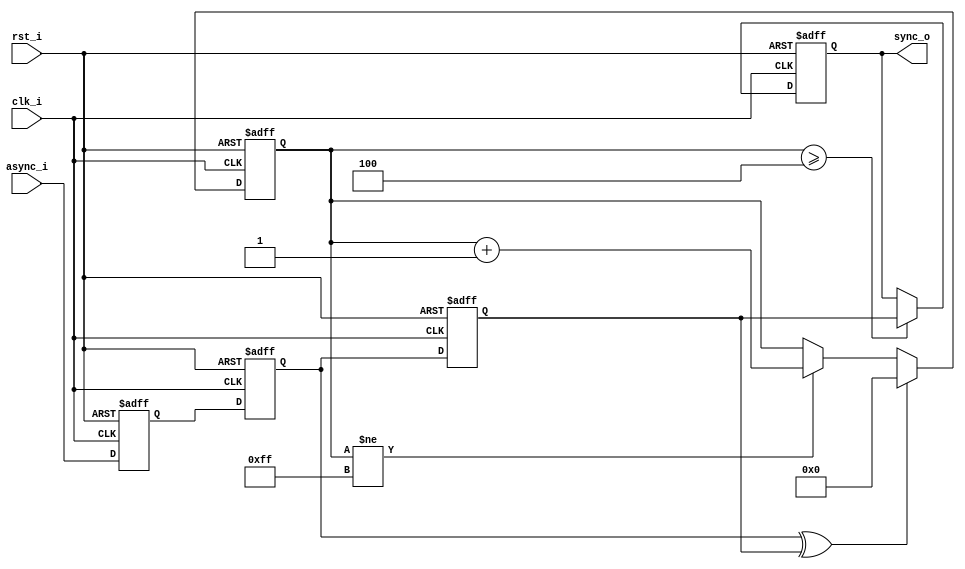
//-----------------------------------------------------------------
// Copyright (c) 2021, admin@ultra-embedded.com
// All rights reserved.
// 
// Redistribution and use in source and binary forms, with or without
// modification, are permitted provided that the following conditions 
// are met:
//   - Redistributions of source code must retain the above copyright
//     notice, this list of conditions and the following disclaimer.
//   - Redistributions in binary form must reproduce the above copyright
//     notice, this list of conditions and the following disclaimer 
//     in the documentation and/or other materials provided with the 
//     distribution.
//   - Neither the name of the author nor the names of its contributors 
//     may be used to endorse or promote products derived from this 
//     software without specific prior written permission.
// 
// THIS SOFTWARE IS PROVIDED BY THE COPYRIGHT HOLDERS AND CONTRIBUTORS 
// "AS IS" AND ANY EXPRESS OR IMPLIED WARRANTIES, INCLUDING, BUT NOT 
// LIMITED TO, THE IMPLIED WARRANTIES OF MERCHANTABILITY AND FITNESS FOR 
// A PARTICULAR PURPOSE ARE DISCLAIMED. IN NO EVENT SHALL THE AUTHOR BE 
// LIABLE FOR ANY DIRECT, INDIRECT, INCIDENTAL, SPECIAL, EXEMPLARY, OR 
// CONSEQUENTIAL DAMAGES (INCLUDING, BUT NOT LIMITED TO, PROCUREMENT OF 
// SUBSTITUTE GOODS OR SERVICES; LOSS OF USE, DATA, OR PROFITS; OR 
// BUSINESS INTERRUPTION) HOWEVER CAUSED AND ON ANY THEORY OF 
// LIABILITY, WHETHER IN CONTRACT, STRICT LIABILITY, OR TORT
// (INCLUDING NEGLIGENCE OR OTHERWISE) ARISING IN ANY WAY OUT OF 
// THE USE OF THIS SOFTWARE, EVEN IF ADVISED OF THE POSSIBILITY OF 
// SUCH DAMAGE.
//-----------------------------------------------------------------
module ctrl_mc_resync
//-----------------------------------------------------------------
// Params
//-----------------------------------------------------------------
#(
    parameter RESET_VAL = 1'b0
)
//-----------------------------------------------------------------
// Ports
//-----------------------------------------------------------------
(
    input  clk_i,
    input  rst_i,
    input  async_i,
    output sync_o
);

(* ASYNC_REG = "TRUE" *) reg sync_ms;
(* ASYNC_REG = "TRUE" *) reg sync_q;

always @ (posedge clk_i or posedge rst_i)
if (rst_i)
begin
    sync_ms  <= RESET_VAL;
    sync_q   <= RESET_VAL;
end
else
begin
    sync_ms  <= async_i;
    sync_q   <= sync_ms;
end

// Glitch filter - the controller ACK line is known to glitch low for <100ns
// at the start of the command. The actual intended ACK is low for > 2uS.
reg last_sync_q;
always @ (posedge clk_i or posedge rst_i)
if (rst_i)
    last_sync_q <= 1'b1;
else
    last_sync_q <= sync_q;

wire change_w  = sync_q ^ last_sync_q;

localparam THRESHOLD = 8'd4;

reg [7:0] count_q;

always @ (posedge clk_i or posedge rst_i)
if (rst_i)
    count_q <= 8'b0;
else if (change_w)
    count_q <= 8'b0;
else if (count_q != 8'd255)
	count_q <= count_q + 8'd1;

reg output_q;

always @ (posedge clk_i or posedge rst_i)
if (rst_i)
    output_q <= 1'b1;
else if (count_q >= THRESHOLD)
    output_q <= last_sync_q;

assign sync_o = output_q;

endmodule